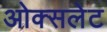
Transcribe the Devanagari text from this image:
ओक्सलेट